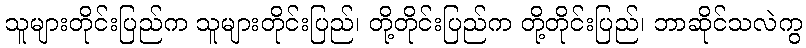
သူများတိုင်းပြည်က သူများတိုင်းပြည်၊ တို့တိုင်းပြည်က တို့တိုင်းပြည်၊ ဘာဆိုင်သလဲကွ